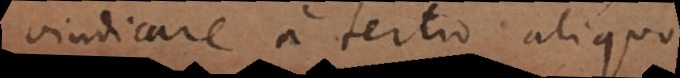
vindicare a tertio aliquo